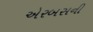
એરબસની